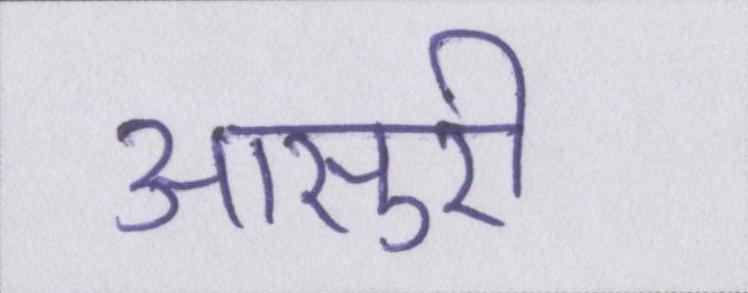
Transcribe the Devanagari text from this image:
आसुरी